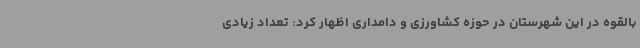
بالقوه در این شهرستان در حوزه کشاورزی و دامداری اظهار کرد: تعداد زیادی